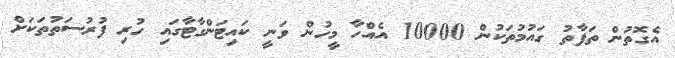
އެގޮތުން ތަފާތު ގައުމުތަކުން 10000 އެއްހާ މީހުން ވަނީ ކައިޓަންގާޓާގައި ހުރި ފުރުސަތުތަކަށް